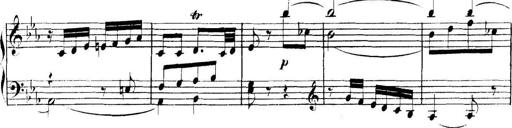
Title: Collected Piano Sonatas
Composer: Muzio Clementi